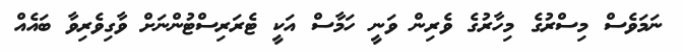
ނަމަވެސް މިސްރުގެ މިހާރުގެ ވެރިން ވަނީ ހަމާސް އަކީ ޓެރަރިސްޓުންނަށް ވާގިވެރިވާ ބައެއް